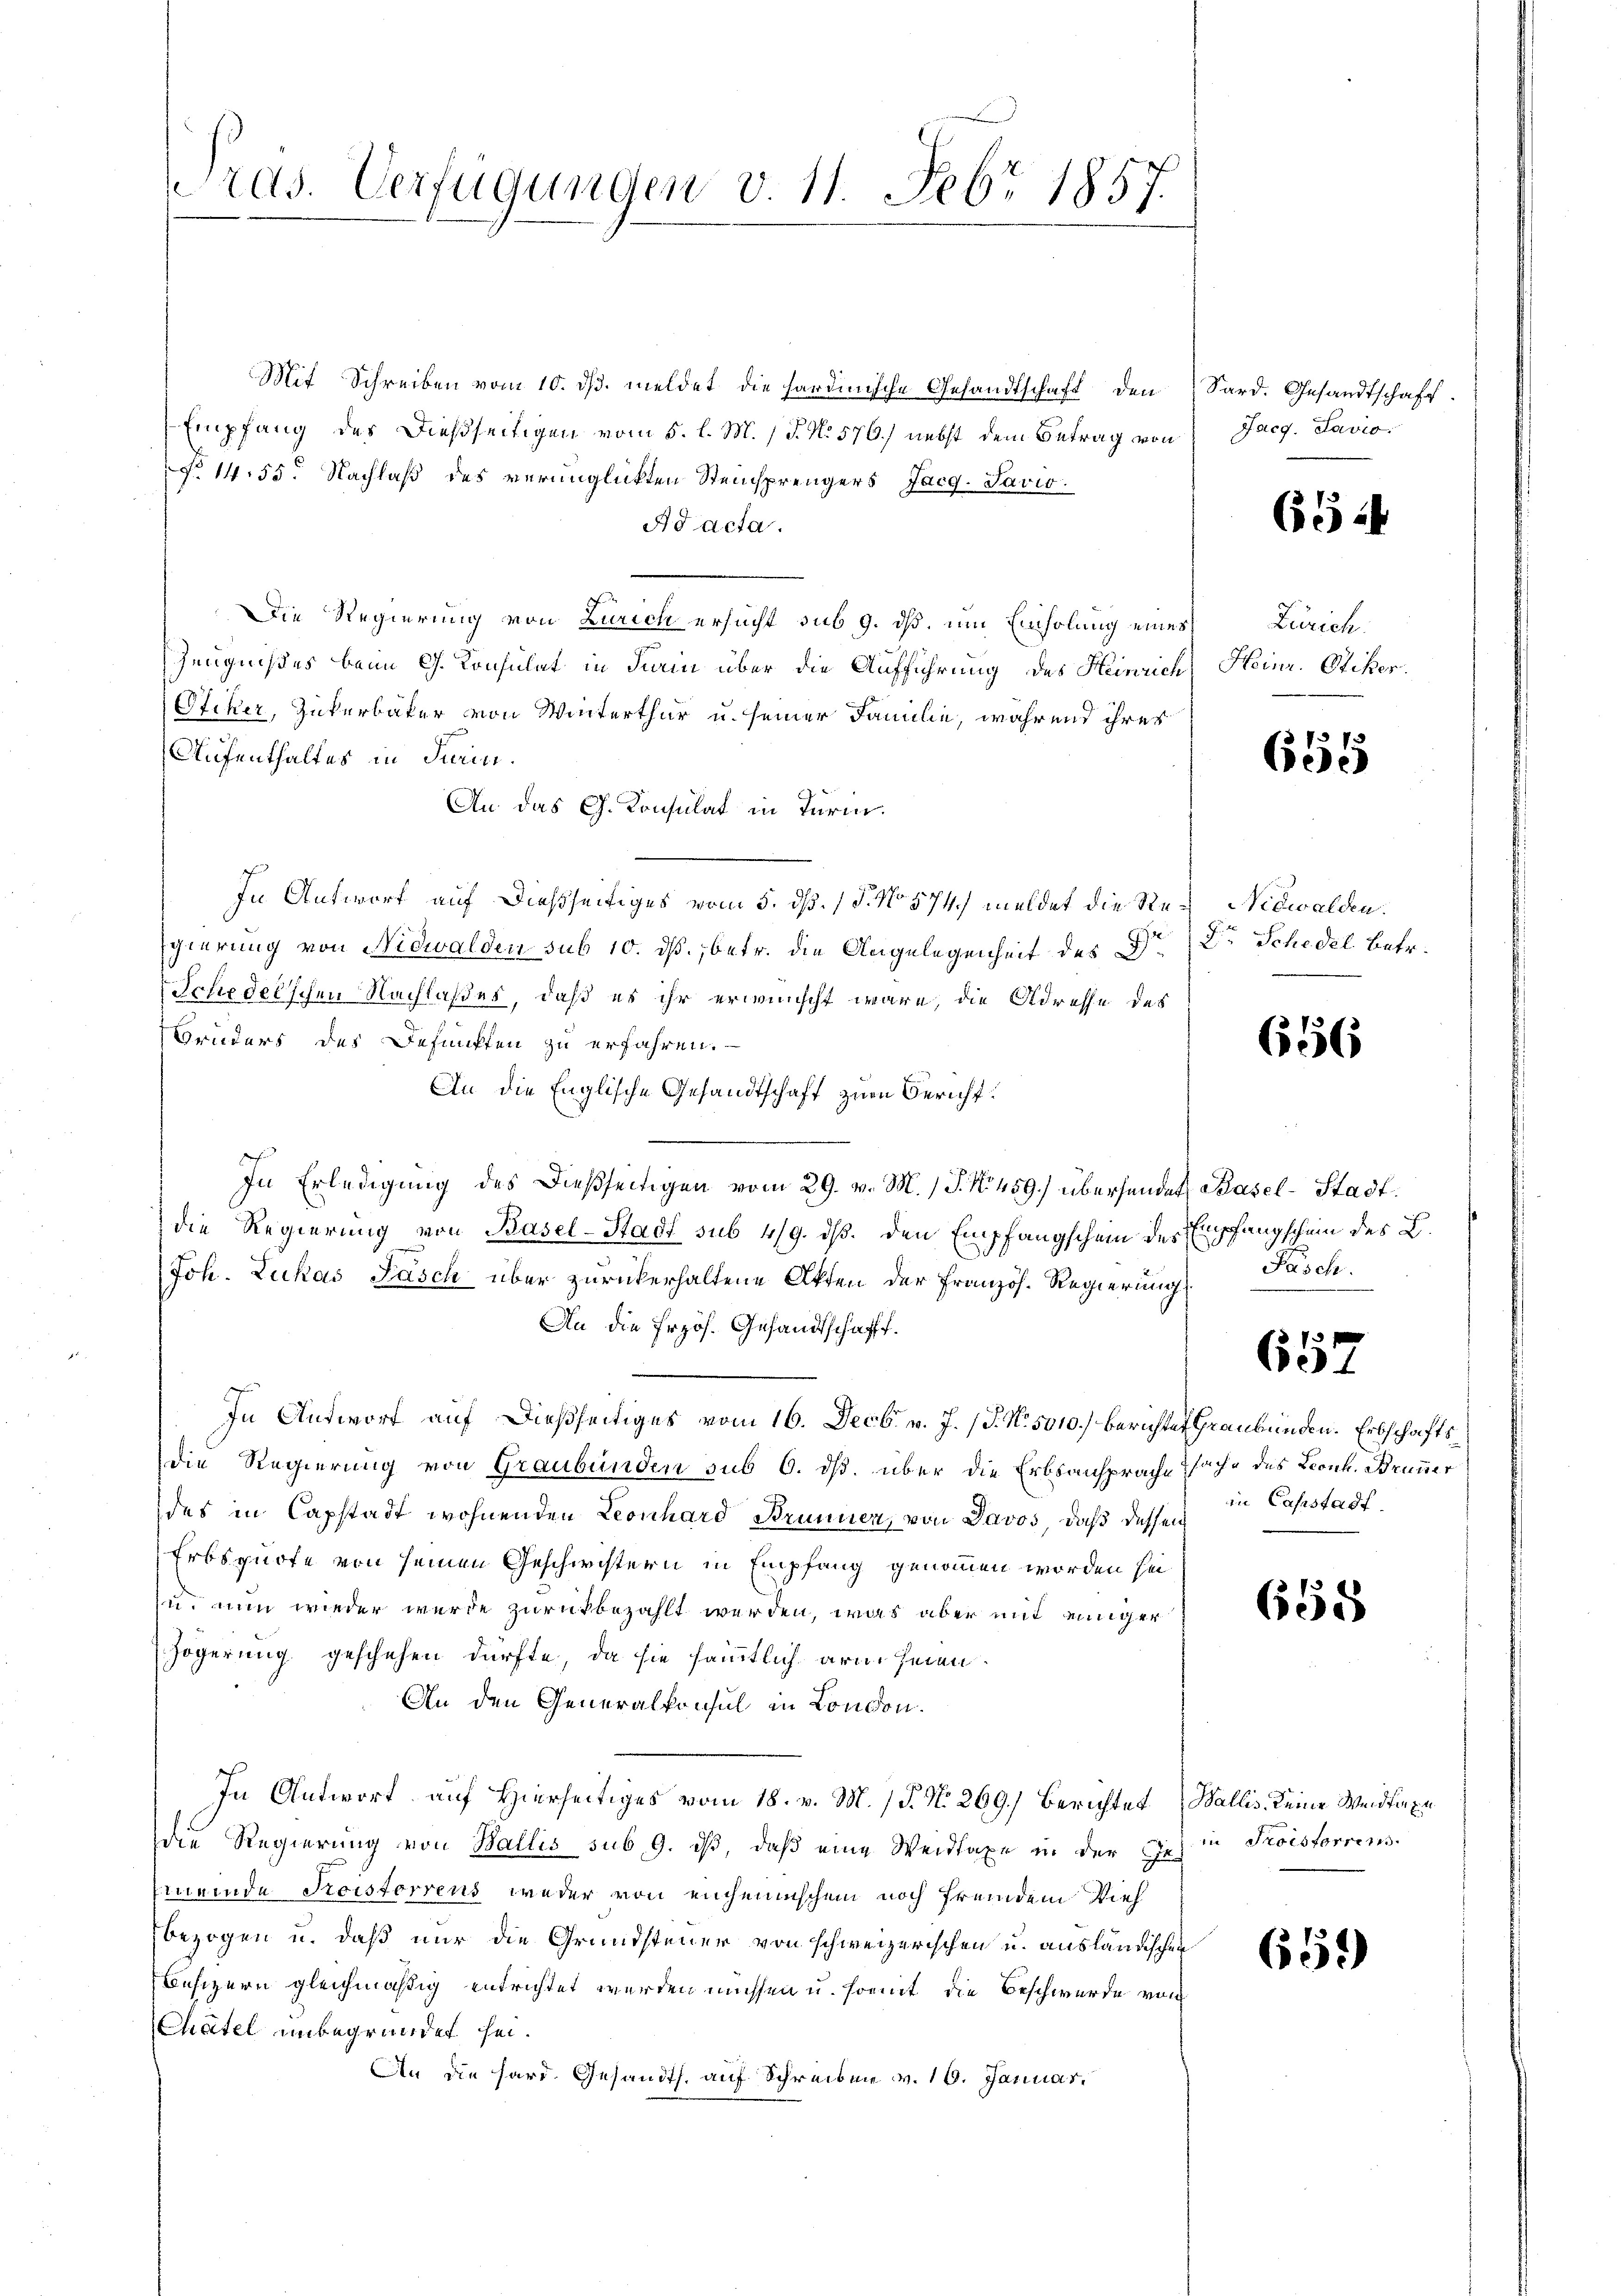
rds. Verfügungen v. 11. Febr 1857.

Mit Schreiben vom 10. ds. meldet die hardinische Gesandtschaft den
Empfang des Dießseitigen vom 5. l. M. J. No 570.) nebst dem Betrag von
§. 14. 55. Nachlaß des verunglickten Steuchprengers Jacg.Javio.
Ad acta.
Die Regierung von Zürich ersucht sub 9. dß, um Einholung eines
Zeugnißes beim G. Konsulat in Fiain über die Aufführung des Heinrich
Ofiker, Zuckerbäker von Winterthur u. seiner Familie, während ihrer
Aufenthaltes in Turin.
An das G. Konsulat in Turm.
In Antwort auf dießseitiges vom 5. dß. / 5. No 574) meldet die Re¬
Egierung von Nidwalden sub 10. ds. betr. die Angelegenheit des S
Schedelschen Nachlaßes, daß es ihr erwünscht wäre, die Adresse des
Bruders des Befunkten zu erfahren.
An die Englische Gesandtschaft zum Bericht:
In Erledigung des dießseitigen vom 29. v. M. / P. No 459.) überhandet Basel-Stadtdie Regierung von Basel-Stadt sub 4/9. dß. den Empfangschein des Empfangschein des L.
Joh. Lukas Fasch über zurückerhaltene Akten der Französ. Regierung
An die Erzös. Gesandtschafft.
In Antwort auf dießseitiges vom 16. Decbr. v. J. (T. N. 5010.) berichtet Graubünden. Erbschaftsdie Regierung von Graubünden sub 6. ds. über die Erbsansprache
des in Capstadt wohnenden Leonhard Brunnen, von Davos, daß dessen
Erbsquote von seinen Geschwistern in Empfang genommen worden sei
u. nun wieder wurde zurückbezahlt werden, was aber mit einiger
Zögerung geschehen dürfte, da sie sämmtlich arm seien
An den Generalkonsul in London.
In Antwort auf Hierseitiges vom 18. v. M. P. N. 269.) Berichtet Wallis, keine Weidtaxe
die Regierung von Wallis sub 9. i, daß eine Weidlaxe in der des in Troistorrens.
meinde Fristorrens weder von enchemischem noch fremdem Vieh
bezogen u. daß nur die Grundsteuer von schweizerischen u. ausländischen
Besizern gleichmäßig entrichtet werden müssen u. somit die Beschwerde von
Chatel unbegründet sei.
An die hard. Gesandts. auf Schreiben v. 16. Januar

Sard. Gesandtschaft.
Jacg. Lavio

61 i

Zürich.
Heinr. Stiker.

661

Nidwalden.
Dr. Schedel betr.

656

Pasch.

657

sache des Leont. Brunner
in Cassstadt.

658

659)